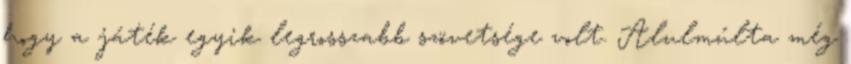
hogy a játék egyik legrosszabb szövetsége volt. Alulmúlta még